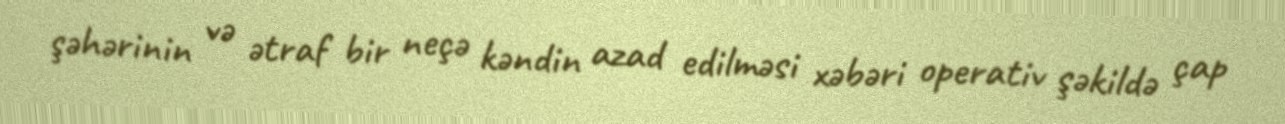
şəhərinin və ətraf bir neçə kəndin azad edilməsi xəbəri operativ şəkildə çap